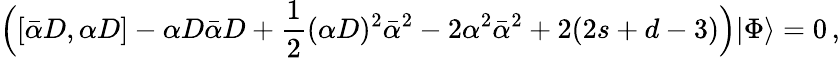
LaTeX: \Bigl([\bar{\alpha}D,\alpha D]-\alpha D\bar{\alpha}D+\frac{1}{2}(\alpha D)^{2}\bar{\alpha}^{2}-2\alpha^{2}\bar{\alpha}^{2}+2(2s+d-3)\Bigr)|\Phi\rangle=0\, ,